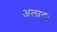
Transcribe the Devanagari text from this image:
अलाव।